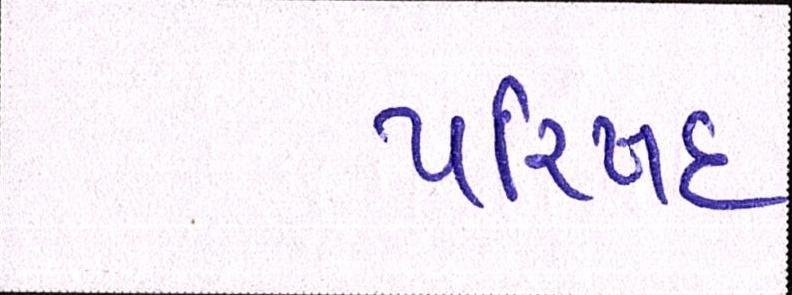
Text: પરિષદ